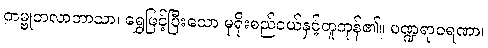
ကမ္ဗုတလာဘာသာ၊ ရွှေဖြင့်ပြီးသော မုရိုးစည်ငယ်နှင့်တူကုန်၏။ ပဏ္ဍရာဝရဏာ၊